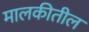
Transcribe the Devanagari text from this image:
मालकीतील